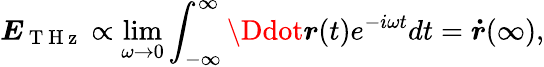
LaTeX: \boldsymbol{E}_{\mathrm{~T~H~z~}}\propto\operatorname*{lim}_{\omega\rightarrow 0}\int_{-\infty}^{\infty}\boldsymbol{\Ddot{r}}(t)e^{-i\omega t}dt=\boldsymbol{\dot{r}}(\infty),